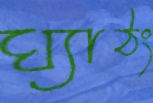
ঘ্যাঠং